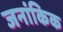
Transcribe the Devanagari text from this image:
जनांकिक